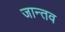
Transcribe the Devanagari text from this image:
जान्तव